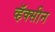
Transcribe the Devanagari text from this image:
व्हॅक्सीन